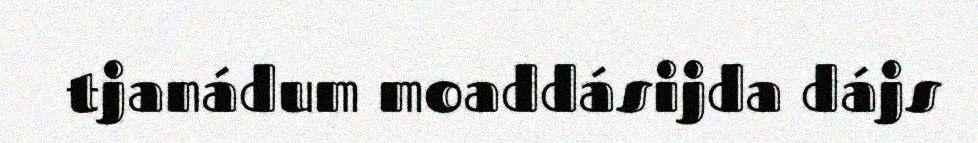
tjanádum moaddásijda dájs